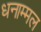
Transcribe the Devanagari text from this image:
धनाम्मल